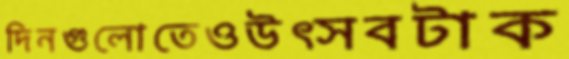
দিনগুলোতেওউত্সবটাক